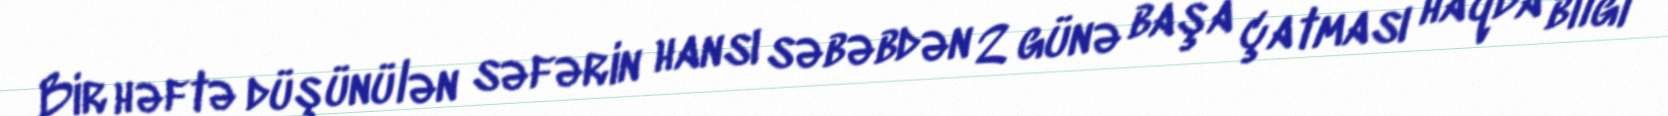
Bir həftə düşünülən səfərin hansı səbəbdən 2 günə başa çatması haqda bilgi